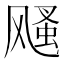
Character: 𩙫